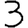
Digit: 3